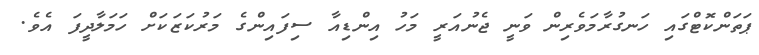
ޕަތަންކޮޓްގައި ހަނގުރާމަވެރިން ވަނީ ޖެނުއަރީ މަހު އިންޑިއާ ސިފައިންގެ މަރުކަޒަކަށް ހަމަލާދީފަ އެވެ.